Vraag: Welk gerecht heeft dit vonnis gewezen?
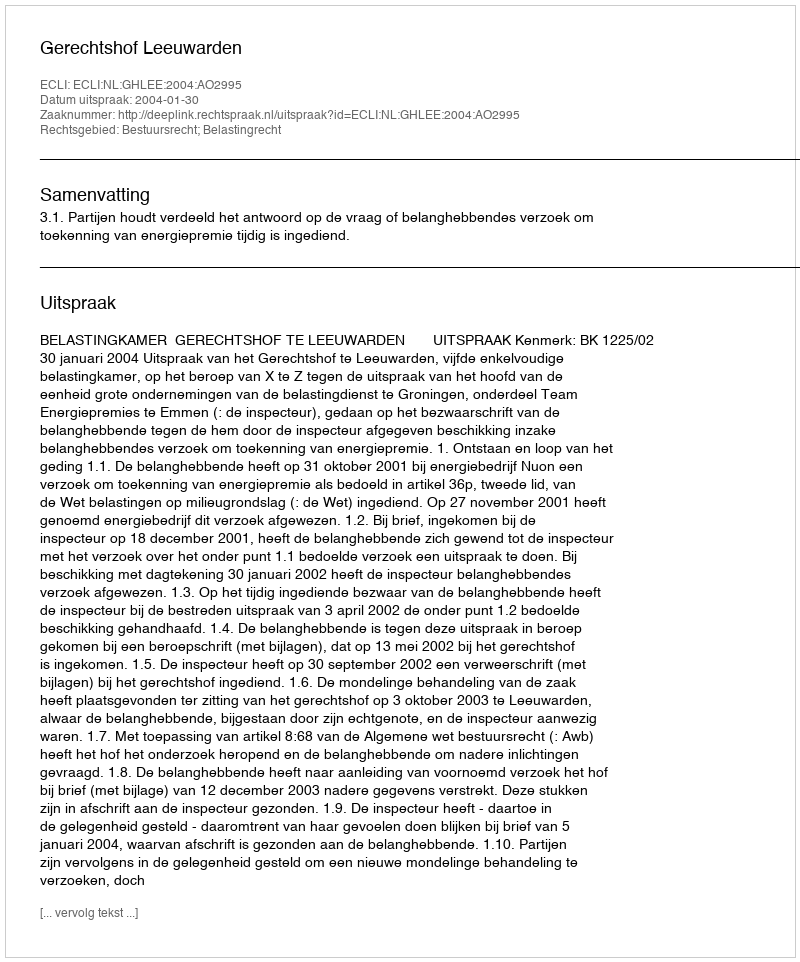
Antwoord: Gerechtshof Leeuwarden